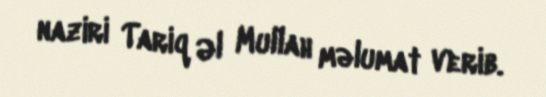
naziri Tariq Əl Mullah məlumat verib.